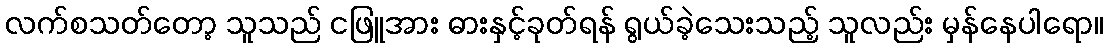
လက်စသတ်တော့ သူသည် ငဖြူအား ဓားနှင့်ခုတ်ရန် ရွယ်ခဲ့သေးသည့် သူလည်း မှန်နေပါရော။